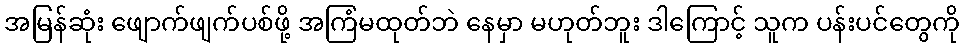
အမြန်ဆုံး ဖျောက်ဖျက်ပစ်ဖို့ အကြံမထုတ်ဘဲ နေမှာ မဟုတ်ဘူး ဒါကြောင့် သူက ပန်းပင်တွေကို